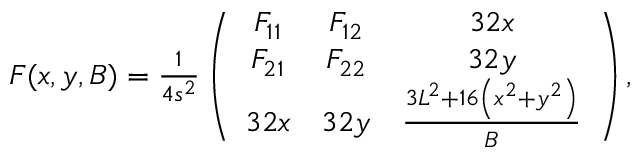
\begin{array} { r } { F ( x , y , B ) = \frac 1 { 4 s ^ { 2 } } \left( \begin{array} { c c c } { F _ { 1 1 } } & { F _ { 1 2 } } & { 3 2 x } \\ { F _ { 2 1 } } & { F _ { 2 2 } } & { 3 2 y } \\ { 3 2 x } & { 3 2 y } & { \frac { 3 L ^ { 2 } + 1 6 \left( x ^ { 2 } + y ^ { 2 } \right) } { B } } \end{array} \right) , } \end{array}